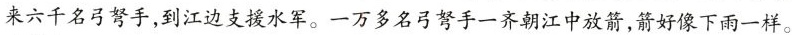
来六千名弓弩手，到江边支援水军。一万多名弓弩手一齐朝江中放箭，箭好像下雨一样。